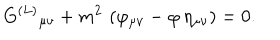
LaTeX: G ^ { ( L ) } { } _ { \mu \nu } + m ^ { 2 } \, \left( \varphi _ { \mu \nu } - \varphi \, \eta _ { \mu \nu } \right) = 0 .